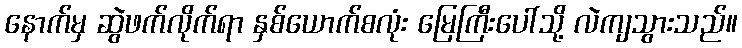
နောက်မှ ဆွဲဖက်လိုက်ရာ နှစ်ယောက်စလုံး မြေကြီးပေါ်သို့ လဲကျသွားသည်။